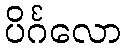
ပိင်္ဂလော